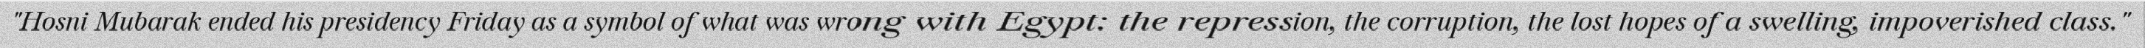
"Hosni Mubarak ended his presidency Friday as a symbol of what was wrong with Egypt: the repression, the corruption, the lost hopes of a swelling, impoverished class."